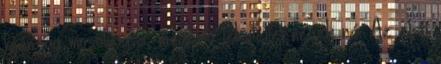
híján így mosolyogva, megértő tekintettel nézek rá. Az első